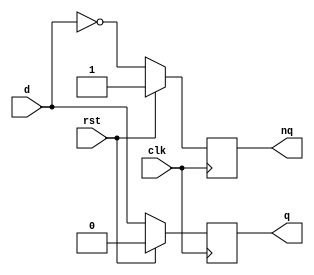
module project6(
input clk,rst,d,
output reg q,nq 
);

    always @(posedge clk)
    begin
        if(rst==1) begin
            q<=0;
            nq<=1;
        end
        else begin
            q<=d;
            nq<=~d;
        end
    end
    
endmodule